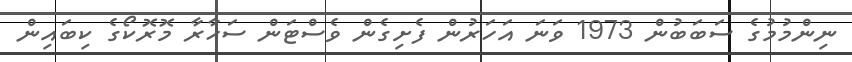
ނިންމުމުގެ ސަބަބުން 1973 ވަނަ އަހަރުން ފެށިގެން ވެސްޓަން ސަހާރާ މޮރޮކޯގެ ކިބައިން